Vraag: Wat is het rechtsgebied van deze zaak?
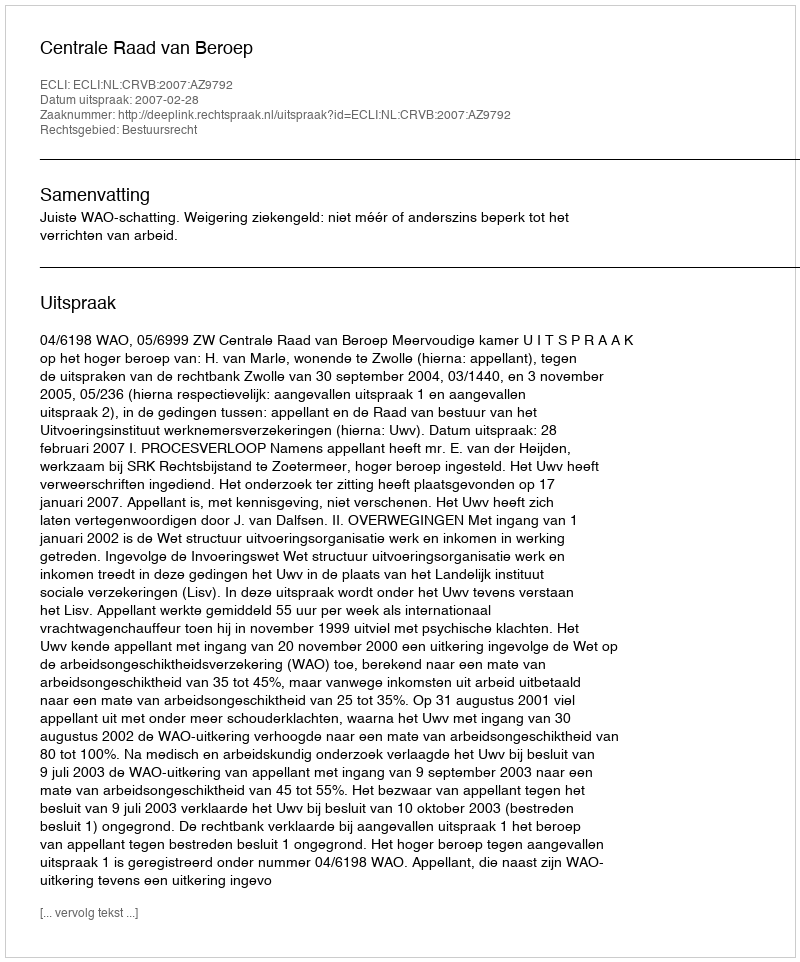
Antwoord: Bestuursrecht